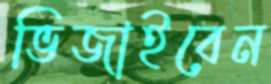
ভিজাইবেন